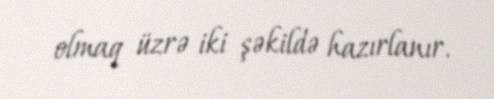
olmaq üzrə iki şəkildə hazırlanır.